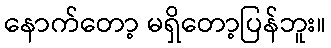
နောက်တော့ မရှိတော့ပြန်ဘူး။